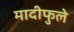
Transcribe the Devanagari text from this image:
मादीफुले